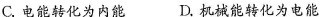
C.电能转化为内能 D.机械能转化为电能